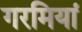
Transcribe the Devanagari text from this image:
गरमियां